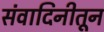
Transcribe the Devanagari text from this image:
संवादिनीतून